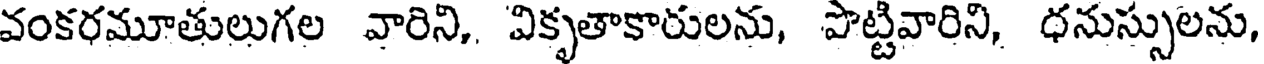
వంకరమూతులుగల వారిని, వికృతాకారులను, పొట్టివారిని, ధనుస్సులను,